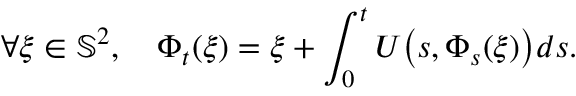
\forall \xi \in \mathbb { S } ^ { 2 } , \quad \Phi _ { t } ( \xi ) = \xi + \int _ { 0 } ^ { t } U \big ( s , \Phi _ { s } ( \xi ) \big ) d s .